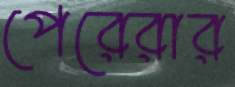
পেরেরার